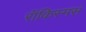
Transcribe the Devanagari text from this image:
रॉकिस्मस